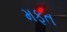
મફત